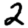
Digit: 2